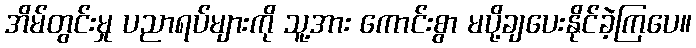
အိမ်တွင်းမှု ပညာရပ်များကို သူ့အား ကောင်းစွာ မပို့ချပေးနိုင်ခဲ့ကြပေ။